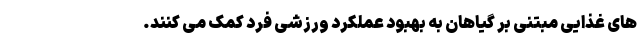
های غذایی مبتنی بر گیاهان به بهبود عملکرد ورزشی فرد کمک می کنند.